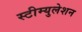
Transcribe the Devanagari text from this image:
स्टीम्युलेशन